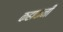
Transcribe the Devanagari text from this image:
कहाकनी